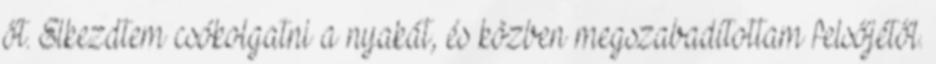
őt. Elkezdtem csókolgatni a nyakát, és közben megszabadítottam felsőjétől.